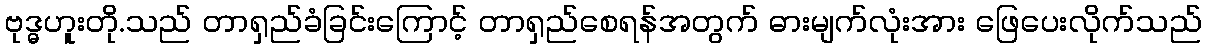
ဗုဒ္ဓဟူးတို.သည် တာရှည်ခံခြင်းကြောင့် တာရှည်စေရန်အတွက် ဓားမျက်လုံးအား ဖြေပေးလိုက်သည်